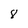
Character: 8